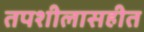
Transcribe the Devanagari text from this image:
तपशीलासहीत